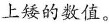
上矮的数值。